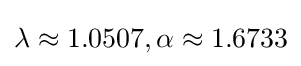
\lambda \approx 1.0507,\alpha \approx 1.6733